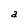
Character: a